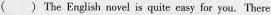
() The English novel is quite casy for you,There